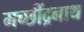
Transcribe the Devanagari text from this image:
मच्छींद्रनाथ